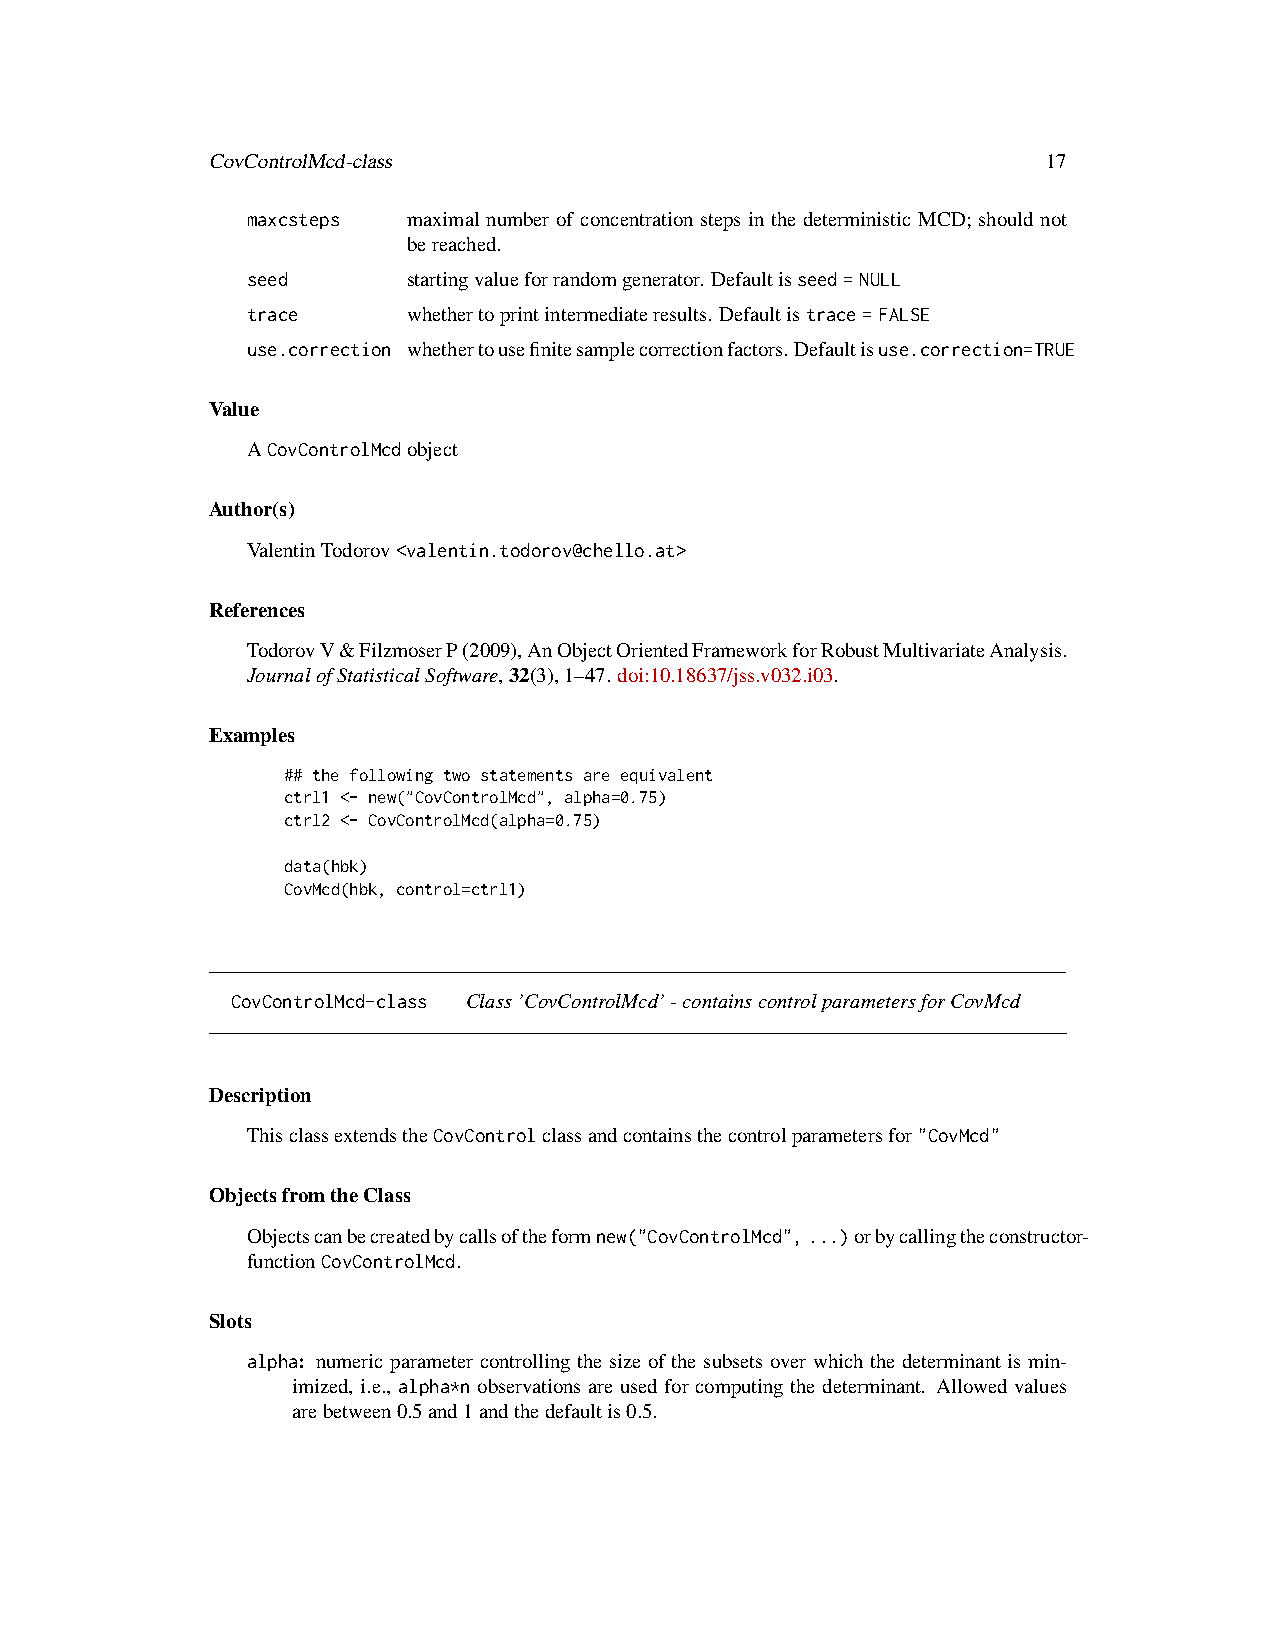
CovControlMcd-class                                    17
 maxcsteps  maximal number of concentration steps in the deterministic MCD; should not
 bereached.
 seed       startingvalueforrandomgenerator. Defaultisseed=NULL
 trace      whethertoprintintermediateresults. Defaultistrace=FALSE
 use.correction whethertousefinitesamplecorrectionfactors.Defaultisuse.correction=TRUE
 Value
 ACovControlMcdobject
 Author(s)
 ValentinTodorov<valentin.todorov@chello.at>
 References
 TodorovV&FilzmoserP(2009),AnObjectOrientedFrameworkforRobustMultivariateAnalysis.
 JournalofStatisticalSoftware,32(3),1–47. doi:10.18637/jss.v032.i03.
 Examples
 ## the following two statements are equivalent
 ctrl1 <- new("CovControlMcd", alpha=0.75)
 ctrl2 <- CovControlMcd(alpha=0.75)
 data(hbk)
 CovMcd(hbk, control=ctrl1)
 CovControlMcd-class Class’CovControlMcd’-containscontrolparametersforCovMcd
 Description
 ThisclassextendstheCovControlclassandcontainsthecontrolparametersfor"CovMcd"
 ObjectsfromtheClass
 Objectscanbecreatedbycallsoftheformnew("CovControlMcd",...)orbycallingtheconstructor-
 functionCovControlMcd.
 Slots
 alpha: numeric parameter controlling the size of the subsets over which the determinant is min-
 imized, i.e., alpha*n observations are used for computing the determinant. Allowed values
 arebetween0.5and1andthedefaultis0.5.